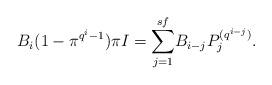
LaTeX: \begin{align*}B_{i}(1-\pi^{q^{i}-1})\pi I=\displaystyle{\sum_{j=1}^{sf}}B_{i-j}P_{j}^{(q^{i-j})}. \end{align*}